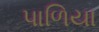
પાળિયા